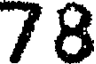
78